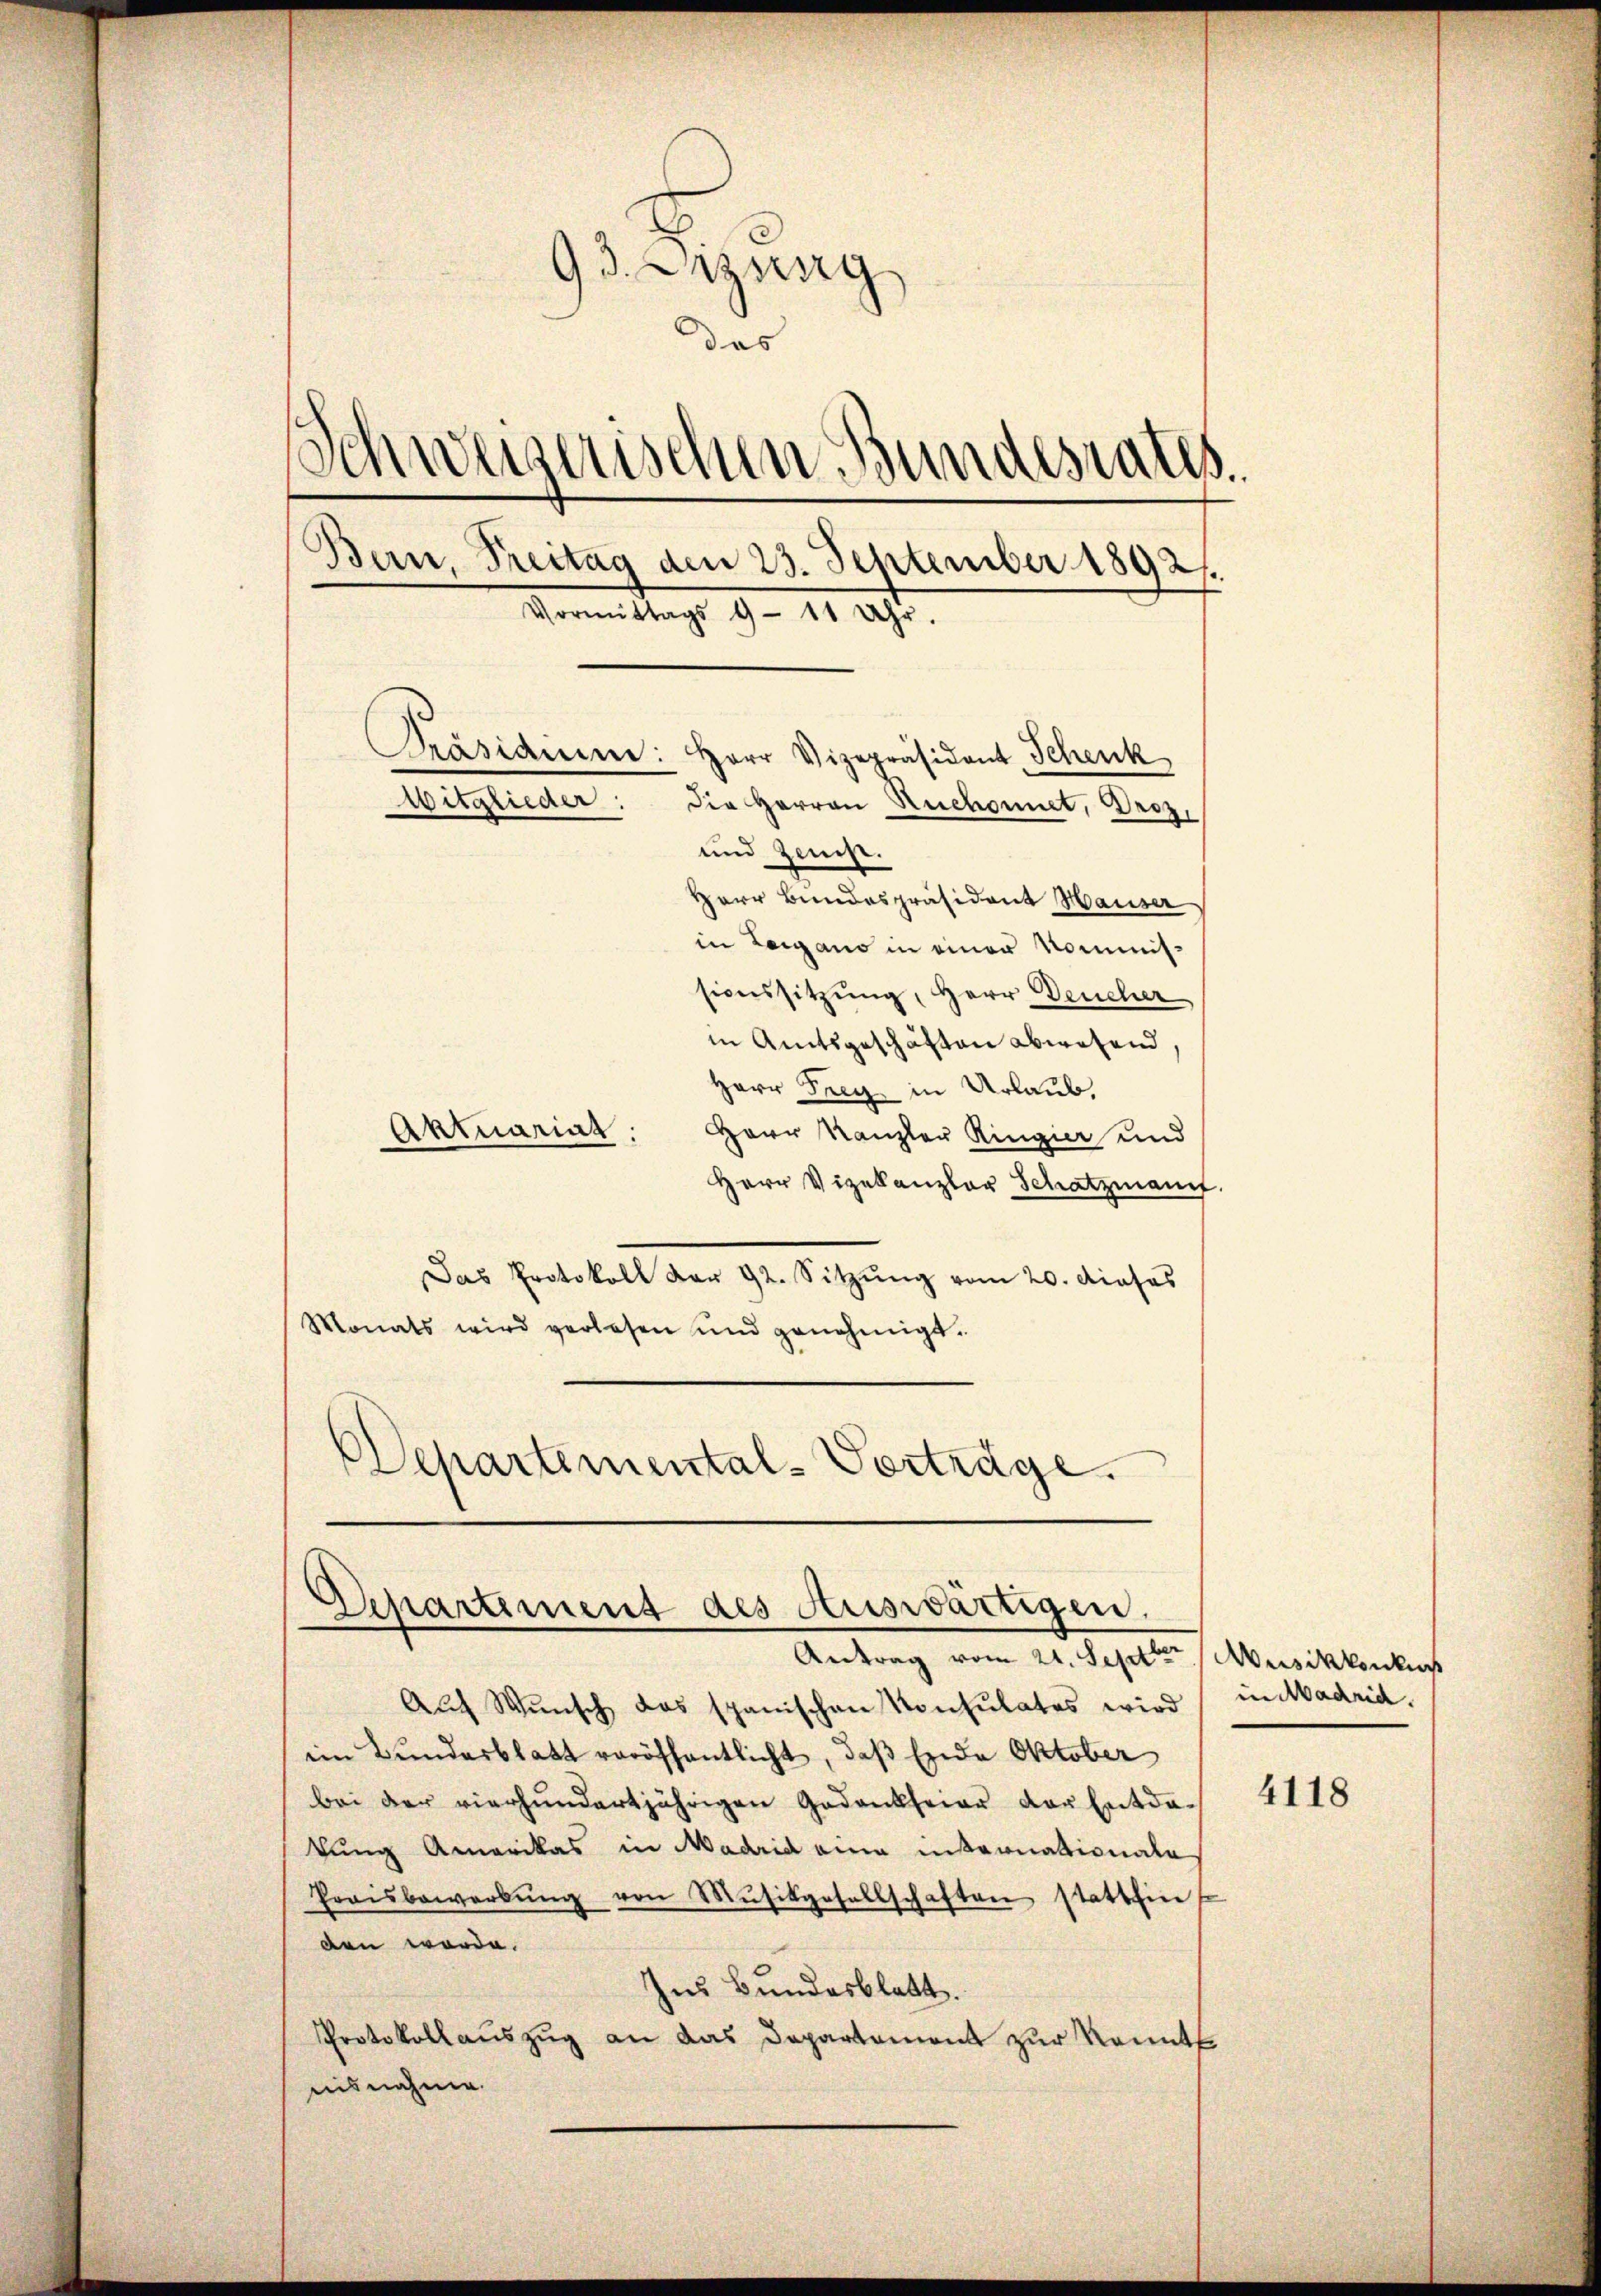
93. Erzung
des
Schweizerischen Bundesrates.
.
Bern, Treitag den 23. September 1892.
Vormittags 9 - 11 aest.
Präsiden: Herr Vizepräsident Schenk
Witglieder: die Herren Ruchgunet, Droz.
und Zeicht.
Herr Bundespräsident Hauser
in Leigano in einer Nominissionssitzung, Herr Deucher
in Amtsgeschäften abwesend,

Herr Frey in Urlaub,
Aktuarial.
Herr Kanzler Ringier und
Herr Vizekanzler Schatzmann.
Das Protokoll dar 92. Sitzŭng vom 20. dieses
Monats wird verlesen und genehmigt.
Departemental-Vorträge.

Departement des Auswärtigen.
Antrag vom 21. Septer Musikkonkurs

Auf Wunsch das spanischen Konsulates wird untadrid.
im Bundesblatt veröffentlicht, daß Ende Oktober
bei der vierhundertjährigen Gedankseiar der Entda-
tung Amerikas in Madrid eine internationale
Praŭsbewerbŭng von Mŭsikgesellschaften stattein s
den werde.
Ins Bundesblatt.
Protokollauszug an das Departement zur Kennt
nisnahme.

4118